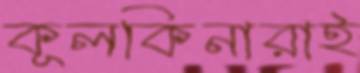
কূলকিনারাই